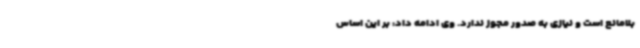
بلامانع است و نیازی به صدور مجوز ندارد. وی ادامه داد: بر این اساس